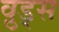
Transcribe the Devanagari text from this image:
व़ुड्स